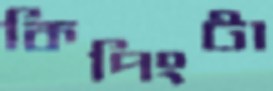
কিপিংটা